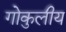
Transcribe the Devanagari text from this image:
गोकुलीय